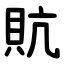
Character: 貥